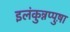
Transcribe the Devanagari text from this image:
इलंकुन्नप्पुष़ा